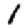
Digit: 1